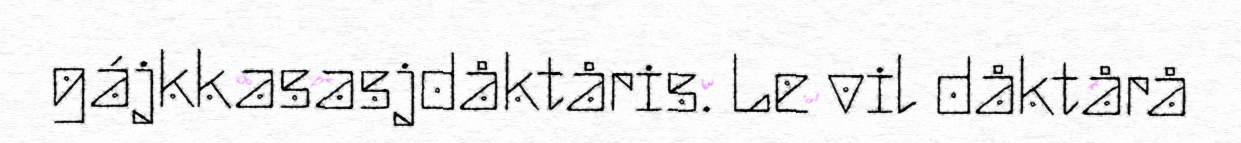
gájkkasasjdåktåris. Le vil dåktårå